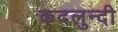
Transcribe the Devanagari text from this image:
कदलुन्दी